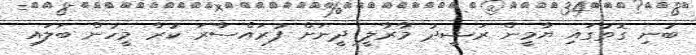
ބުނި ގޮތުގައި ޔާމީން ރަޝީދު މާރާލީ ދީނަށް ފުރައްސާރަ ކުރާ މީހުން ބަލައި